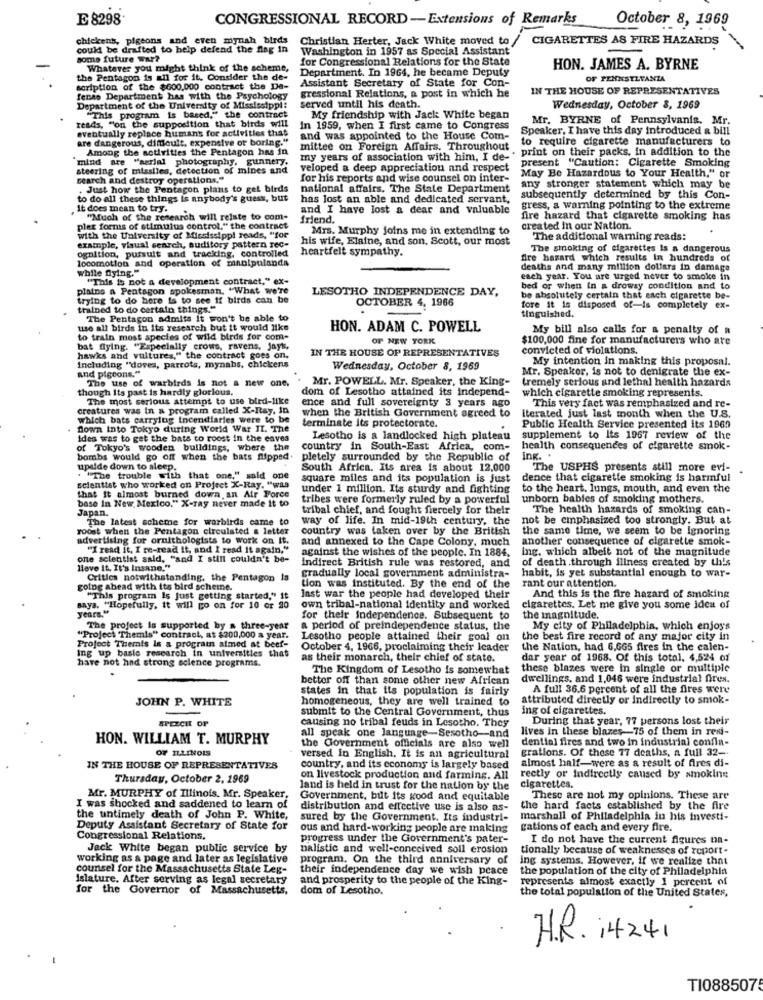
E 8298.
CONGRESSIONAL RECORD -Extensions of Remarks
October 8, 1969
chickenh, pigeons and even mynah birds
Christian Herter, Jack White moved to /
CIGARETTES AS FIRE HAZARDS
could be drafted to help defend the flag in
Washington in 1957 as Special Assistant
Some future war?
for Congressional Relations for the State
Whatever you might think of the scheme,
Department. In 1964, he became Deputy
HON. JAMES A. BYRNE
the Pentagon is all for it, Consider the de-
Assistant Secretary of State for Con-
OF PENNSYLVANIA
scription of the $600,000 contract the De-
IN THE HOUSE OF REPRESENTATIVES
fenss Department has with the Psychology
gressional Relations, a post in which he
Department of the University of Mississippi!
served until his death.
Wednesday, October 8, 1969
reads, "on the supposition that birds will
"This program is based," the contract
My friendship with Jack White began
Mr. BYRNE of Pennsylvania. Mr.
eventually replace humans for activities that
in 1959, when I first came to Congress
Speaker, I have this day introduced & bill
are dangerous, difficult, expensive or boring."
and was appointed to the House Com-
to require cigarette manufacturers to
Among the activities the Pentagon has in
mittee on Foreign Affairs. Throughout
my years of association with him, I de- . print on their packs. In addition to the
mind are "aerial photography, gunnery.
present "Caution: Cigarette Smoking
steering of missiles, detection of mines and
veloped a deep appreciation and respect
search and destroy operations."
for his reports and wise counsel on inter-
May Be Hazardous to Your Health," or
Just how the Pentagon plans to get birds
national affairs. The State Department
any stronger statement which may be
to do all these things is anybody's guess, but
has lost an able and dedicated servant,
subsequently determined by this Con-
it does mean to try.
and I have lost a dear and valuable
gress, a warning pointing to the extreme
"Much of the research will relate to com-
friend.
fire hazard that cigarette smoking has
pler forms of stimulus control." the contract
Mrs. Murphy joins me in extending to
created in our Nation.
with the University of Mississippi reads, "for
his wife, Elaine, and son, Scott, our most
The additional warning reads:
example, visual search, auditory pattern rec-
heartfelt sympathy.
The smoking of cigarettes is a dangerous
ognition, pursuit and tracking, controlled
dre hazard which results in hundreds of
locomotion and operation of manipulanda
while fiying."
deaths and many million dollars in damage
"This is not a development contract," ex-
each year. You are urged never to smoke in
plains a Pentagon spokesman. "What we're
LESOTHO INDEPENDENCE DAY,
bed or when In a drowsy condition and to
trying to do here is to see if birds can be
OCTOBER 4, 1966
be absolutely certain that each cigarette be-
trained to do certain things."
fore it is disposed of-is completely ex-
tinguished.
The Pentagon admits it won't be able to
use all birds in its research but it would like
HON. ADAM C. POWELL
My bill also calls for a penalty of a
to train most species of wild birds for com-
OF NEW YORK
$100,000 fine for manufacturers who are
bat flying. "Especially crows, ravens, Jayl,
IN THE HOUSE OF REPRESENTATIVES
convicted of violations.
hawks and vultures," the contract goes on,
My intention in making this proposal.
including "dores, parrots, mynahs, chickens
Wednesday, October 8, 1969
Mr. Speaker, is not to denigrate the ex-
and pigeons."
The use of warbirds is not a new one,
Mr. POWELL. Mr. Speaker, the King-
tremely serious and lethal health hazards
though Its past is hardly glorious.
dom of Lesotho attained its independ-
which cigarette smoking represents.
The most serious attempt to use bird-like
ence and full sovereignty 3 years ago
This very fact was remphasized and re-
creatures was In a program called X-Ray, In
which bats carrying incendiaries were to be
when the British Government agreed to
iterated just last month when the U.S.
down into Tokyo during World War II. The
terminate its protectorate.
Public Health Service presented its 1969
idea was to get the bats to roost in the caves
Lesotho is a landlocked high plateau
supplement to Its 1967 review of the
of Tokyo's wooden buildings, where the
country in South-East Africa, com-
health consequences of cigarette smok-
bombs would go off when the bats flipped.
pletely surrounded by the Republic of
Ing. .
upside down to sleep.
South Africa. Its area is about 12,000
The USPHS presents still more evi-
"The trouble with that one," said one
square miles and its population is just
dence that cigarette smoking is harmful
scientist who worked on Project X-Ray, "was
under 1 million. Its sturdy and fighting
to the heart, lungs, mouth, and even the
that It almost burned down, an Air Force
base In New Mexico." X-ray never made it to
tribes were formerly ruled by a powerful
unborn babies of smoking mothers.
Japan.
tribal chief, and fought fiercely for their
The health hazards of smoking can-
The latest scheme for warbirds came to
way of life. In mid-19th century, the
not be emphasized too strongly. But at
roost when the Pentagon circulated a letter
country was taken over by the British
the same time, we seem to be Ignoring
advertising for ornithologists to work on It.
and annexed to the Cape Colony, much
another consequence of cigarette smok-
"I read it, I re-read it, and I read it again."
against the wishes of the people. In 1884.
ing. which albeit not of the magnitude
one scientist sald. "and I still couldn't be-
of death .through illness created by this
love It. It's Insane."
indirect British rule was restored, and
habit, is yet substantial enough to war-
Critics notwithstanding, the Pentagon Is
gradually local government administra-
rant our attention
golog ahead with its bird scheme.
tion was instituted. By the end of the
"This program Is just getting started," it
Inst war the people had developed their
And this is the fire hazard of smoking
Baya. "Hopefully, it will go on for 10 or 20
years."
own tribal-national identity and worked
cigarettes. Let me give you some idea of
for their independence. Subsequent to
the magnitude.
The project is supported by a three-year
a period of preindependence status, the
My city of Philadelphia, which enjoys
"Project Themis" contract, at $200,000 a year.
Lesotho people attained their goal on
the best fire record of any major city in
Project Themis Is a program aimed at beef-
ing up basie research in universities that
October 4, 1966, proclaiming their leader
the Nation, had 6,665 fires in the calen-
have not had strong solence programs.
as their monarch, their chief of state.
dar year of 1968. Of this total, 4,524 of
The Kingdom of Lesotho is somewhat
these blazes were In single or multiple
better off than some other new African
dwellings, and 1,046 were industrial fires.
states in that its population is fairly
A full 36.6 percent of all the fires were
JOHN P. WHITE
homogeneous, they are well trained to
attributed directly or indirectly to smok-
submit to the Central Government, thus
ing of cigarettes.
SPEECH OF
causing no tribal feuds in Lesotho. They
During that year, 77 persons lost their
lives in these blazes-75 of them in resi-
HON. WILLIAM T. MURPHY
all speak one language-Sesotho-and
dential fires and two in industrial confla-
OF ILLINOIS
the Government officials are also well
grations. Of these 77 deaths, a full 32 -.
versed in English. It is an agricultural
almost half-were as a result of fires di-
IN THE HOUSE OF REPRESENTATIVES
country, and its economy is largely based
Thursday, October 2, 1969
on livestock production and farming. All
rectly or indirectly caused by smoking
land is held in trust for the nation by the
cigarettes.
Mr. MURPHY of Illinois. Mr. Speaker,
Government, but its kood and equitable
These are not my opinions. These are
I was shocked and saddened to learn of
distribution and effective use is also as-
the hard facts established by the fire
the untimely death of John P. White,
sured by the Government. Its industri-
marshall of Philadelphia in his investi-
Deputy Assistant Secretary of State for
ous and hard-working people are making
gations of each and every fire.
Congressional Relations.
progress under the Government's pater-
I do not have the current figures un-
Jack White began public service by
nalistic and well-conceived soll erosion
tionally because of weaknesses of report-
working as a page and later as legislative
program. On the third anniversary of
ing systems. However, if we realize that
counsel for the Massachusetts State Leg-
their independence day we wish pcace
the population of the city of Philadelphia
islature. After serving as legal secretary
and prosperity to the people of the King-
represents almost exactly I percent of
for the Governor of Massachusetts,
dom of Lesotho.
the total population of the United States,
H.R. 14241
TI0885075